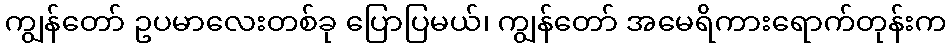
ကျွန်တော် ဥပမာလေးတစ်ခု ပြောပြမယ်၊ ကျွန်တော် အမေရိကားရောက်တုန်းက